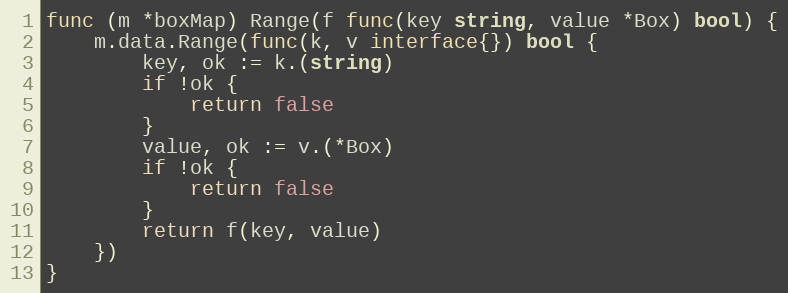
Language: Go
func (m *boxMap) Range(f func(key string, value *Box) bool) {
	m.data.Range(func(k, v interface{}) bool {
		key, ok := k.(string)
		if !ok {
			return false
		}
		value, ok := v.(*Box)
		if !ok {
			return false
		}
		return f(key, value)
	})
}